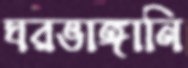
ঘরভাঙ্গানি